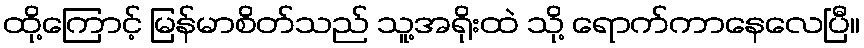
ထို့ကြောင့် မြန်မာစိတ်သည် သူ့အရိုးထဲ သို့ ရောက်ကာနေလေပြီ။